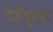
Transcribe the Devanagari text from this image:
रेडीकूलर